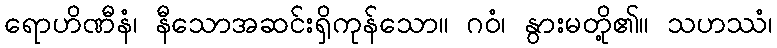
ရောဟိဏီနံ၊ နီသောအဆင်းရှိကုန်သော။ ဂဝံ၊ နွားမတို့၏။ သဟဿံ၊